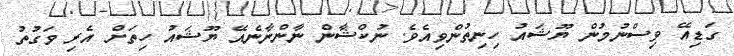
ގަޑިއޭ ވިސްނުމުން ޔޫޝައު ހިނިތުންވިއެވެ. ނުކްޝާން ނާންނާނެއޭ ޔޫޝައު ހިތަށް އެރި ވަގުތު